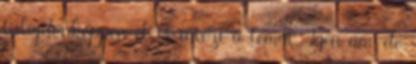
tulajdonképpen el is intézi a témát. Igen ám, de